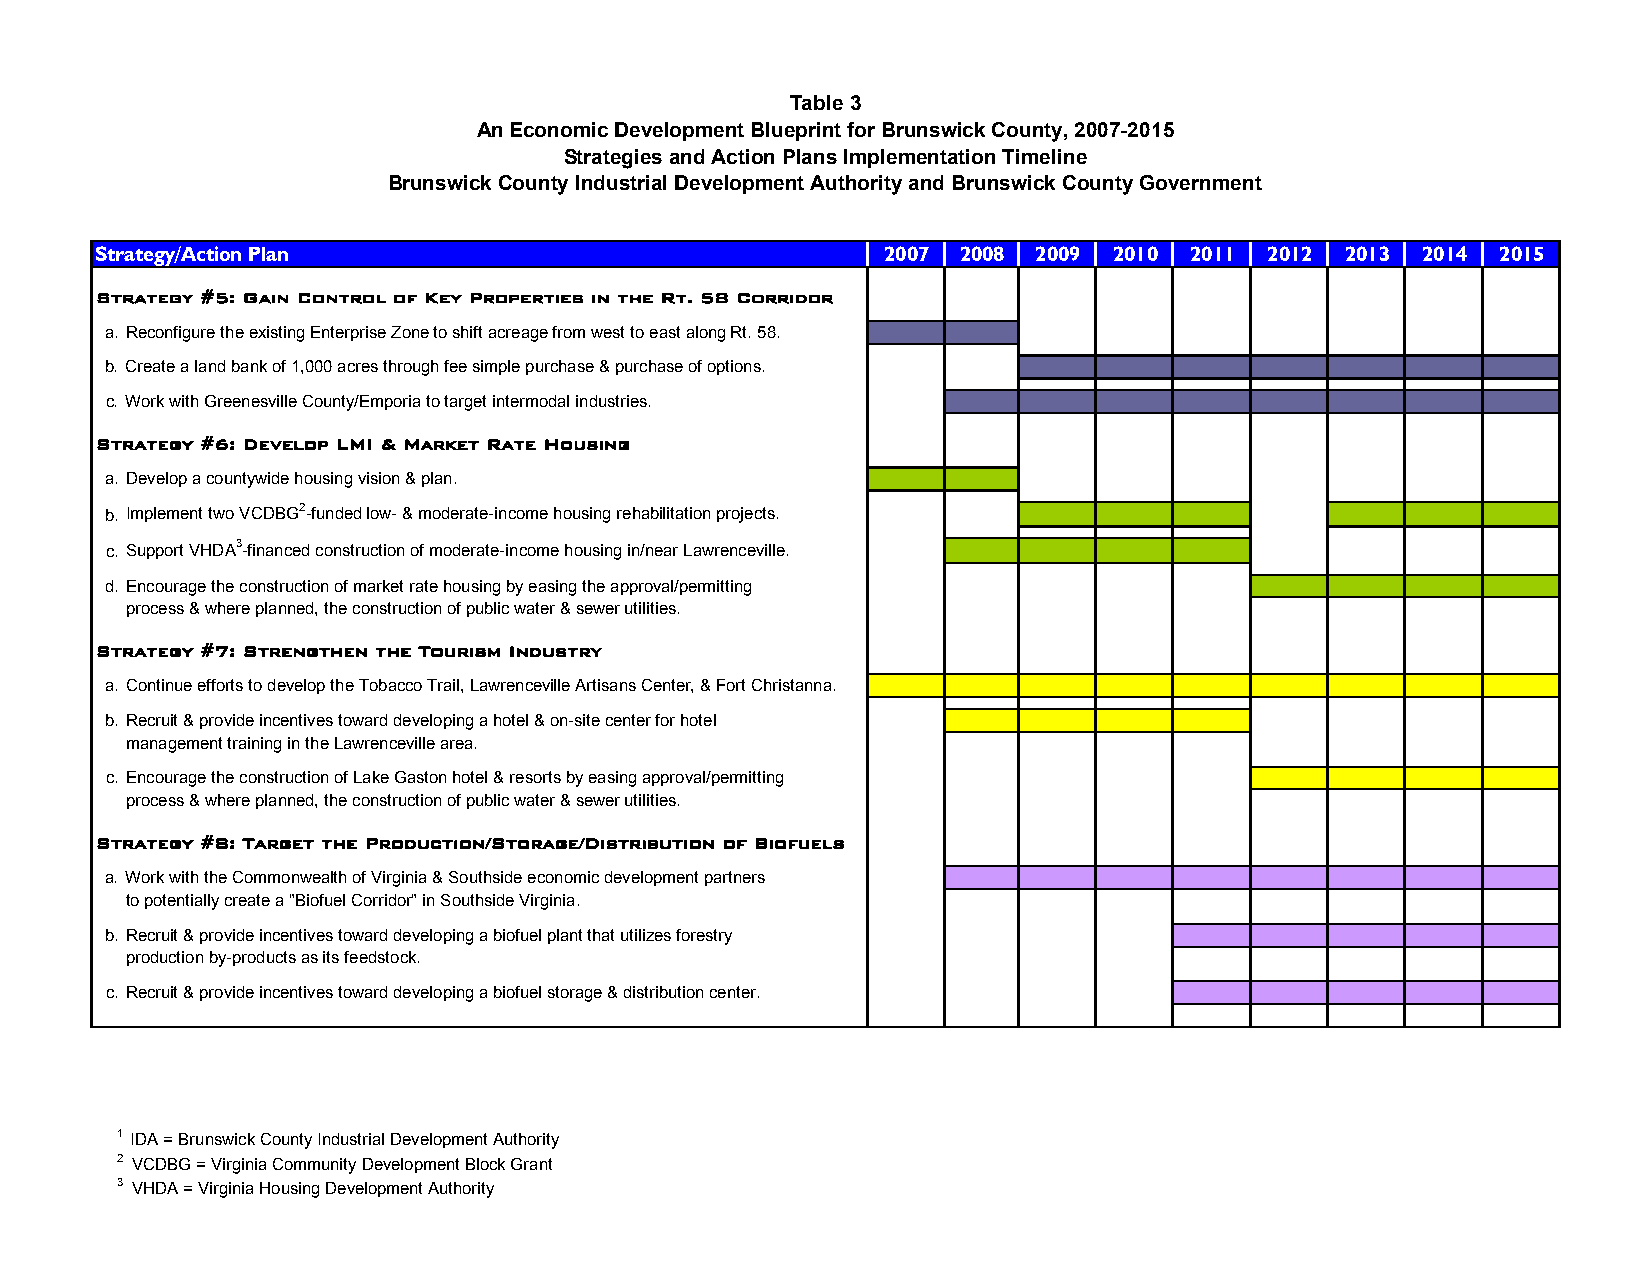
Table 3
 An Economic Development Blueprint for Brunswick County, 2007-2015
 Strategies and Action Plans Implementation Timeline
 Brunswick County Industrial Development Authority and Brunswick County Government
 Strategy/Action Plan                                2007  2008 2009 2010 2011 2012 2013 2014 2015
 Strategy #5: Gain Control of Key Properties in the Rt. 58 Corridor
 a. Reconfigure the existing Enterprise Zone to shift acreage from west to east along Rt. 58.
 b. Create a land bank of 1,000 acres through fee simple purchase & purchase of options.
 c. Work with Greenesville County/Emporia to target intermodal industries.
 Strategy #6: Develop LMI & Market Rate Housing
 a. Develop a countywide housing vision & plan.
 b. Implement two VCDBG2-funded low- & moderate-income housing rehabilitation projects.
 c. Support VHDA3-financed construction of moderate-income housing in/near Lawrenceville.
 d. Encourage the construction of market rate housing by easing the approval/permitting
 process & where planned, the construction of public water & sewer utilities.
 Strategy #7: Strengthen the Tourism Industry
 a. Continue efforts to develop the Tobacco Trail, Lawrenceville Artisans Center, & Fort Christanna.
 b. Recruit & provide incentives toward developing a hotel & on-site center for hotel
 management training in the Lawrenceville area.
 c. Encourage the construction of Lake Gaston hotel & resorts by easing approval/permitting
 process & where planned, the construction of public water & sewer utilities.
 Strategy #8: Target the Production/Storage/Distribution of Biofuels
 a. Work with the Commonwealth of Virginia & Southside economic development partners
 to potentially create a "Biofuel Corridor" in Southside Virginia.
 b. Recruit & provide incentives toward developing a biofuel plant that utilizes forestry
 production by-products as its feedstock.
 c. Recruit & provide incentives toward developing a biofuel storage & distribution center.
 1 IDA = Brunswick County Industrial Development Authority
 2 VCDBG = Virginia Community Development Block Grant
 3 VHDA = Virginia Housing Development Authority